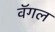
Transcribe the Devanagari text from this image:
वॅगल